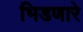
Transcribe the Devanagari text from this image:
भिडणारे